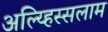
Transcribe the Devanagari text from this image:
अल्य्हिस्सलाम